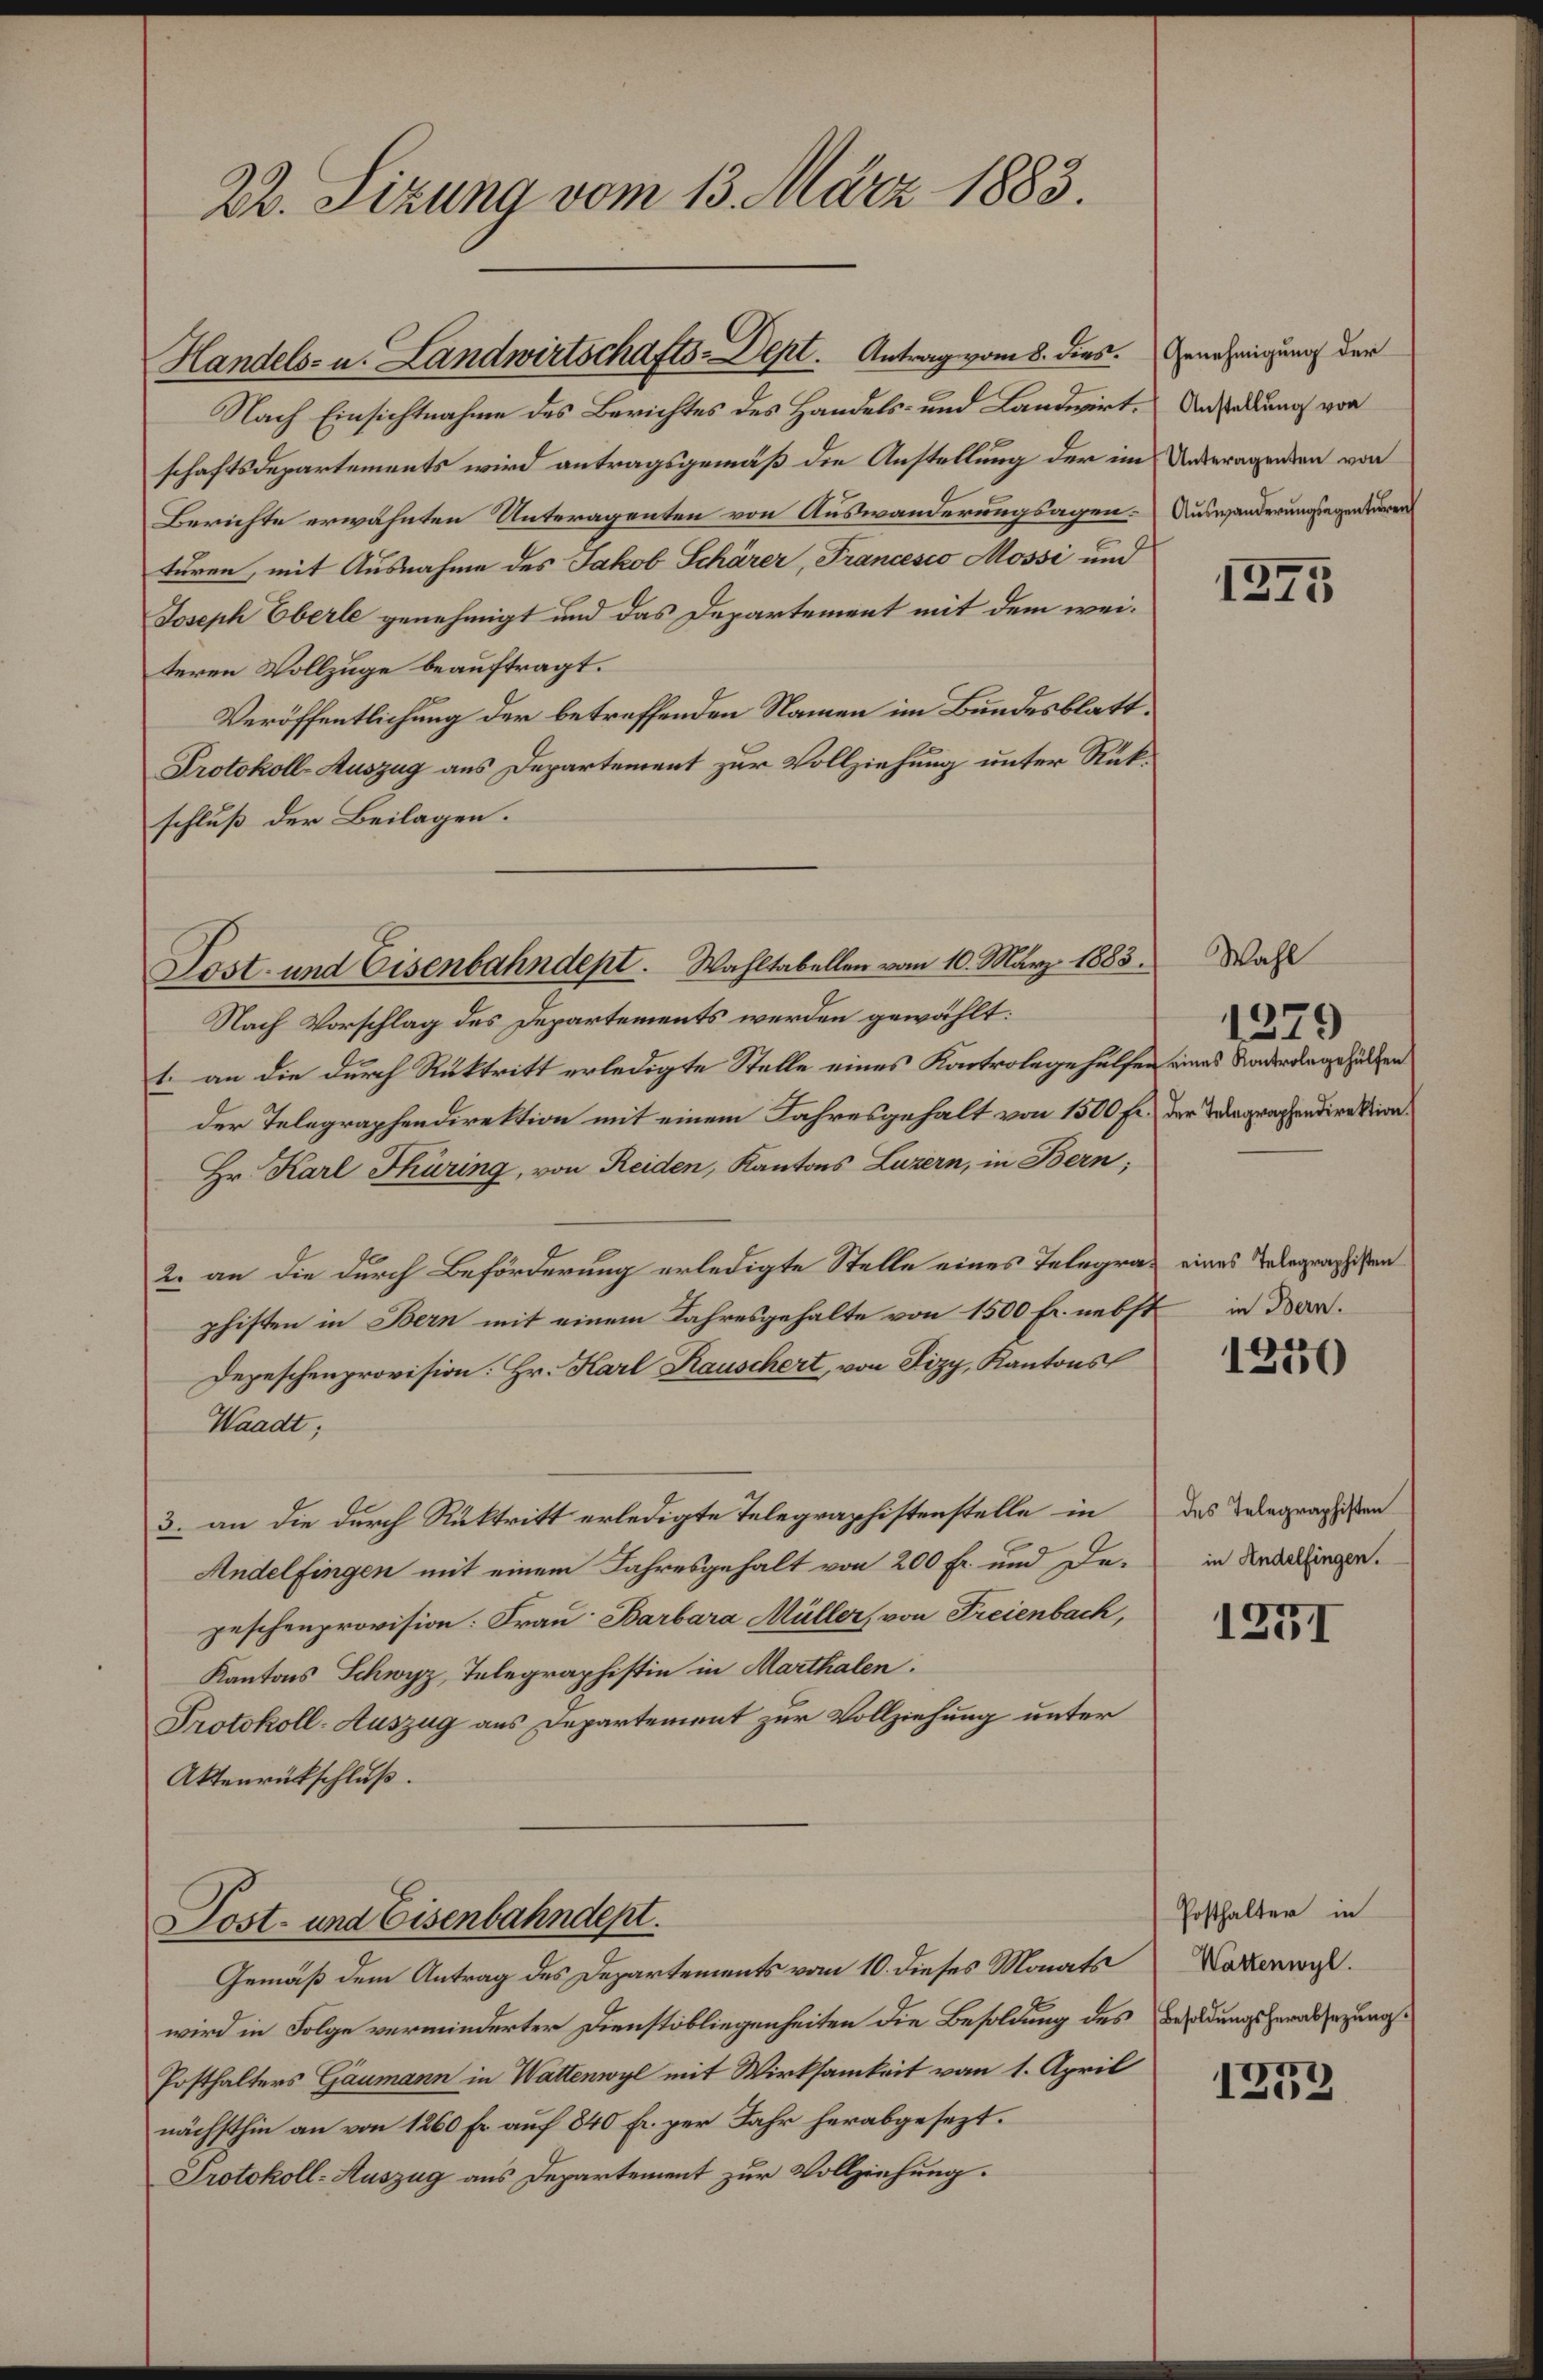
Nach Einsichtnahme des Berichtes des Handels- und Landwirt. Anstallung von
schaftsdepartements wird antragsgemäß die Anstellung der im Unteragenden von
Berichte erwähnten Unteragenten von Auswanderungsagen. Auswanderungsegenturen
turen, mit Ausnahme des Jakob Schärer, Francesco Mossi und
Joseph Oberle genehmigt und das Departement mit dem weiteren Vollzuge beauftragt.
Veröffentlichung der betreffenden Namen im Bundesblatt¬
Protokoll-Auszug aus Departement zur Vollziehung unter Rückschluß der Beilagen.
Nach Vorschlag des Departements werden gewählt:
1. an die durch Rücktritt erledigte Stelle eines Kontrolege hülfen eines Raderangehülfen
der Telegraphendirektion mit einem Jahresgehalt von 1500 Fr.
Hr. Karl Thüring, von Reiden, Kantons Luzern, in Bern;
2. an die durch Beförderung erledigte Stelle eines Telegraz eines Telegraphisten
phisten in Bern mit einem Jahresgehalte von 1500 Fr. nebst
Depeschenprovision. Hr. Karl Rauschert, von Fizy, Kantons
Waadt;
3. an die durch Rücktritt erledigte Telegraphistenstelle in
Andelfingen mit einem Jahresgehalt von 200 Fr. und Depeschenprovision: Frau Barbara Müller, von Freienbach,
Kantons Schwyz, Telegraphistin in Marthalen:
Protokoll-Auszug aus Departement zur Vollziehung unter
Aktenrückschluß.

22. Sizung vom 13. März 1883.

Handels- u. Landwirtschafts-Dept. Antrag vom 8. dies

Post- und Eisenbahndept.

Lost- und Eisenbahndept. Wahltabellen vom 10. März 1883.

Gemäß dem Antrag des Departements vom 10. dieses Monats Naverwis
wird in Folge verminderter Dienstobliegenheiten die Besoldung des Bildungsgeradezungs¬
Posthalters Gaumann in Wattenwyl mit Wirksamkeit vom 1. April
nächsthin an von 1260 Fr. auf 840 Fr. per Jahr herabgesezt.
Protokoll-Auszug aus Departement zur Vollziehung.

Genehmigung der

1375

Wahl
der Telegraphendirektion.

1279

in Bern.

1250

des Telegraphisten
in Andelfingen.

1231

Posthalter in

1252